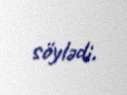
söylədi.